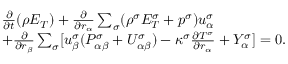
\begin{array} { r } { \begin{array} { r l } & { \frac { \partial } { \partial t } ( \rho E _ { T } ) + \frac { \partial } { \partial r _ { \alpha } } \sum _ { \sigma } ( \rho ^ { \sigma } E _ { T } ^ { \sigma } + p ^ { \sigma } ) u _ { \alpha } ^ { \sigma } } \\ & { + \frac { \partial } { \partial r _ { \beta } } \sum _ { \sigma } [ u _ { \beta } ^ { \sigma } ( P _ { \alpha \beta } ^ { \sigma } + U _ { \alpha \beta } ^ { \sigma } ) - \kappa ^ { \sigma } \frac { \partial T ^ { \sigma } } { \partial r _ { \alpha } } + Y _ { \alpha } ^ { \sigma } ] = 0 . } \end{array} } \end{array}